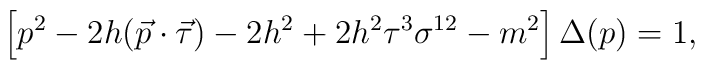
\left[p^2-2h(\vec p\cdot\vec\tau)-2h^2+2h^2\tau^3\sigma^{12}-m^2\right]\Delta(p)=1,